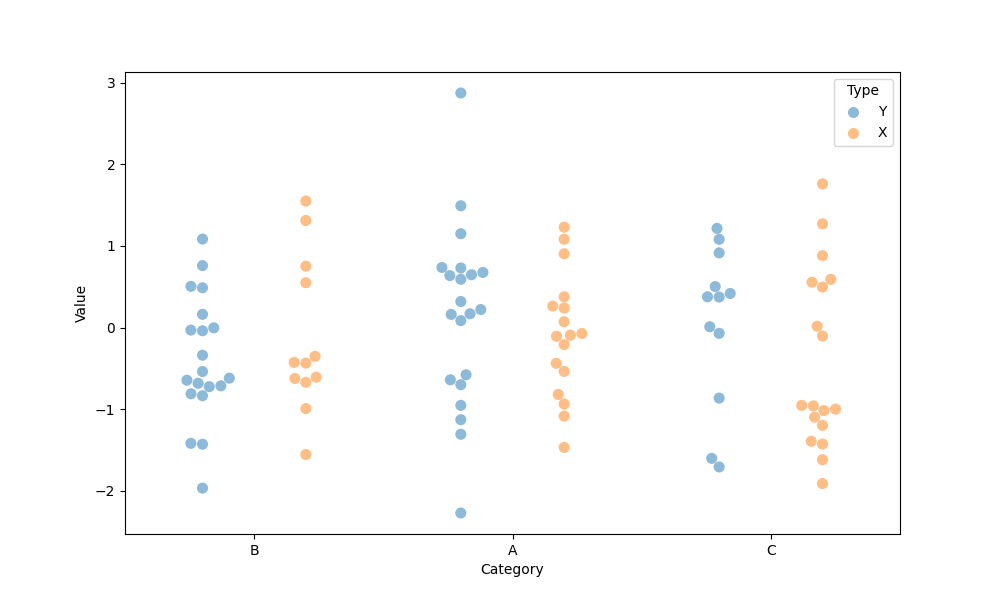
python, seaborn, swarmplot, dodge=True, alpha=0.5, size=8